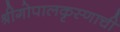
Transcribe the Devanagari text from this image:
श्रीगोपालकृस्णाची